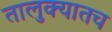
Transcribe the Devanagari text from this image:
तालुक्यातच